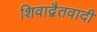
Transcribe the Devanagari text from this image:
शिवाद्वैतवादी